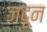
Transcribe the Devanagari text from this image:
जदून